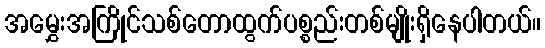
အမွှေးအကြိုင်သစ်တောထွက်ပစ္စည်းတစ်မျိုးရှိနေပါတယ်။